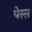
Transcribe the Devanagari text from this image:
पेस्स